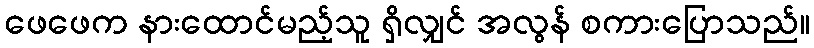
ဖေဖေက နားထောင်မည့်သူ ရှိလျှင် အလွန် စကားပြောသည်။